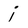
Character: i